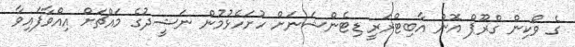
ގެ ވޯކިން ގްރޫޕް އޮން އާބިޓްރަރީ ޑިޓެންޝަނަށް ހުށަހެޅުމުން ނަޝީދުގެ މައްޗަށް އިއްވާފައިވާ